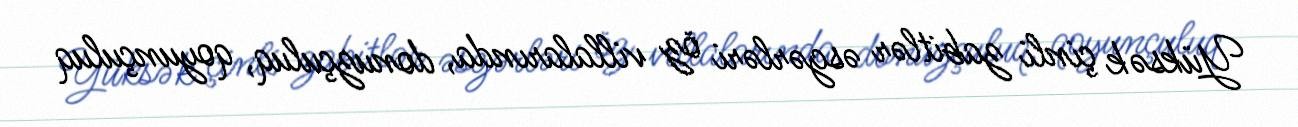
Yüksək çinli zabitlər əsgərləri öz villalarında, donuzçuluq, qoyunçuluq